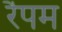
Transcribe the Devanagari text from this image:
रैपम